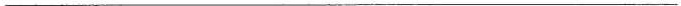
___